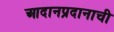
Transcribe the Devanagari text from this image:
आदानप्रदानाची